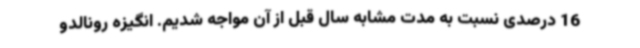
16 درصدی نسبت به مدت مشابه سال قبل از آن مواجه شدیم. انگیزه رونالدو